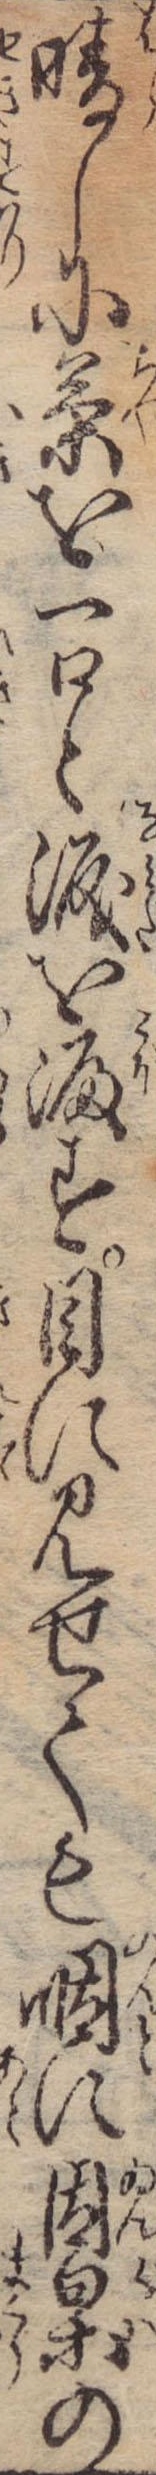
晴しに茶を一口と涙を漏す目に見せても咽に因果の